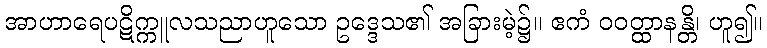
အာဟာရေပဋိက္ကူလသညာဟူသော ဥဒ္ဒေသ၏ အခြားမဲ့၌။ ဧကံ ဝဝတ္ထာနန္တိ၊ ဟူ၍။